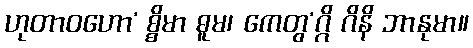
ဟုတာဝဟော’ စ္စိမာ ဓူမ၊ ကေတွ’ဂ္ဂိ ဂိနိ ဘာနုမာ။